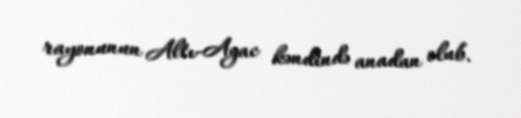
rayonunun Altı-Agac kəndində anadan olub.